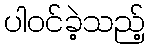
ပါဝင်ခဲ့သည့်